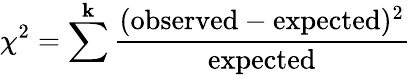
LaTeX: \chi^{2}=\sum^{\mathbf{k}}{\frac{{({\mathrm{{observed}}}-{\mathrm{{expected}}})^{2}}}{{\mathrm{{expected}}}}}